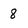
Character: 8